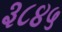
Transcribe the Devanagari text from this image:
३८४५